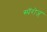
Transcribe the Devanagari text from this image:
स्पॅरोज्